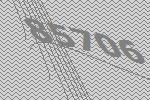
85706